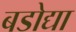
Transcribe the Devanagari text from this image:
बडोद्या